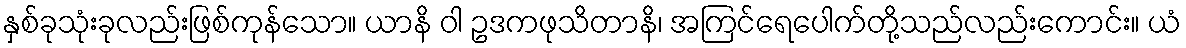
နှစ်ခုသုံးခုလည်းဖြစ်ကုန်သော။ ယာနိ ဝါ ဥဒကဖုသိတာနိ၊ အကြင်ရေပေါက်တို့သည်လည်းကောင်း။ ယံ